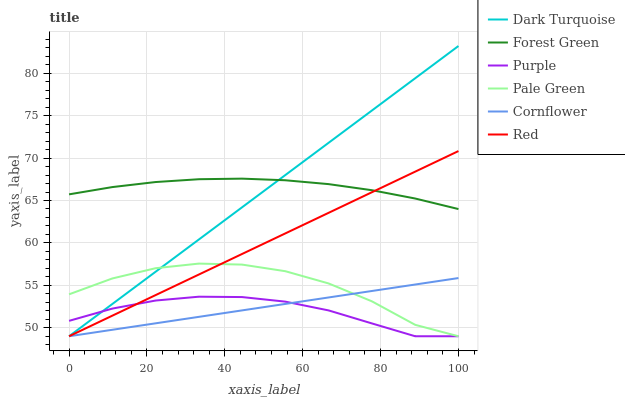
| xaxis_label | Dark Turquoise | Forest Green | Purple | Pale Green | Cornflower | Red |
 | --- | --- | --- | --- | --- | --- | --- |
 | 0 | 49 | 65.7 | 50.8 | 53.9 | 49 | 49 |
 | 11.1 | 52.8 | 66.6 | 52.3 | 55.8 | 49.8 | 51.4 |
 | 22.2 | 56.6 | 67.2 | 53.2 | 57 | 50.5 | 53.9 |
 | 33.3 | 60.4 | 67.5 | 53.7 | 57.6 | 51.3 | 56.3 |
 | 44.4 | 64.2 | 67.6 | 53.6 | 57.4 | 52 | 58.7 |
 | 55.6 | 68 | 67.4 | 53.1 | 56.7 | 52.8 | 61.1 |
 | 66.7 | 71.8 | 66.9 | 52 | 55.2 | 53.6 | 63.6 |
 | 77.8 | 75.6 | 66.2 | 50.5 | 53.1 | 54.3 | 66 |
 | 88.9 | 79.4 | 65.2 | 49 | 50.3 | 55.1 | 68.4 |
 | 100 | 83.2 | 64 | 49 | 49 | 55.9 | 70.8 |